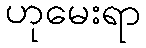
ဟုမေးရာ